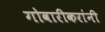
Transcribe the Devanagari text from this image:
गोवारीकरांनी